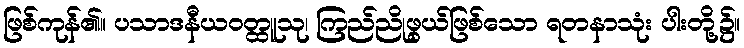
ဖြစ်ကုန်၏။ ပသာဒနီယဝတ္ထူသု၊ ကြည်ညိုဖွယ်ဖြစ်သော ရတနာသုံး ပါးတို့၌။